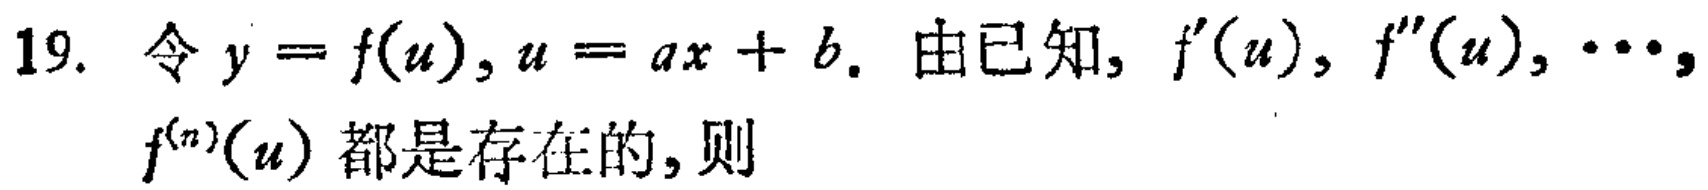
19. 令\(y = f(u), u = ax + b\). 由已知, \(f^{\prime}(u), f^{\prime\prime}(u), \cdots,\) \(f^{(n)}(u)\) 都是存在的,则